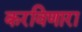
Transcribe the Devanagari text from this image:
करविणारा